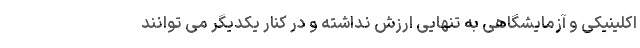
اکلینیکی و آزمایشگاهی به تنهایی ارزش نداشته و در کنار یکدیگر می توانند